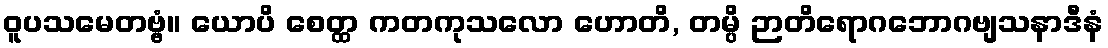
ဝူပသမေတဗ္ဗံ။ ယောပိ စေတ္ထ ကတကုသလော ဟောတိ, တမ္ပိ ဉာတိရောဂဘောဂဗျသနာဒီနံ